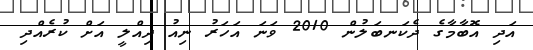
އަދި އޮބާމާގެ ދެކަނބަލުން 2010 ވަނަ އަހަރު ނިއު ދިއްލީ އަށް ކުރެއްދި